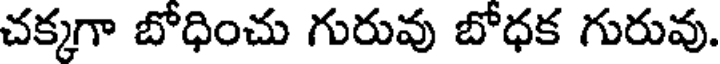
చక్కగా బోధించు గురువు బోధక గురువు.